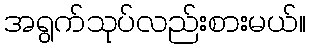
အရွက်သုပ်လည်းစားမယ်။